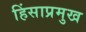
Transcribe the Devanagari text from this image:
हिंसाप्रमुख